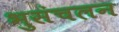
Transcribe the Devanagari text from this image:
भुसंचलन